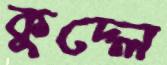
কুদ্‌লে